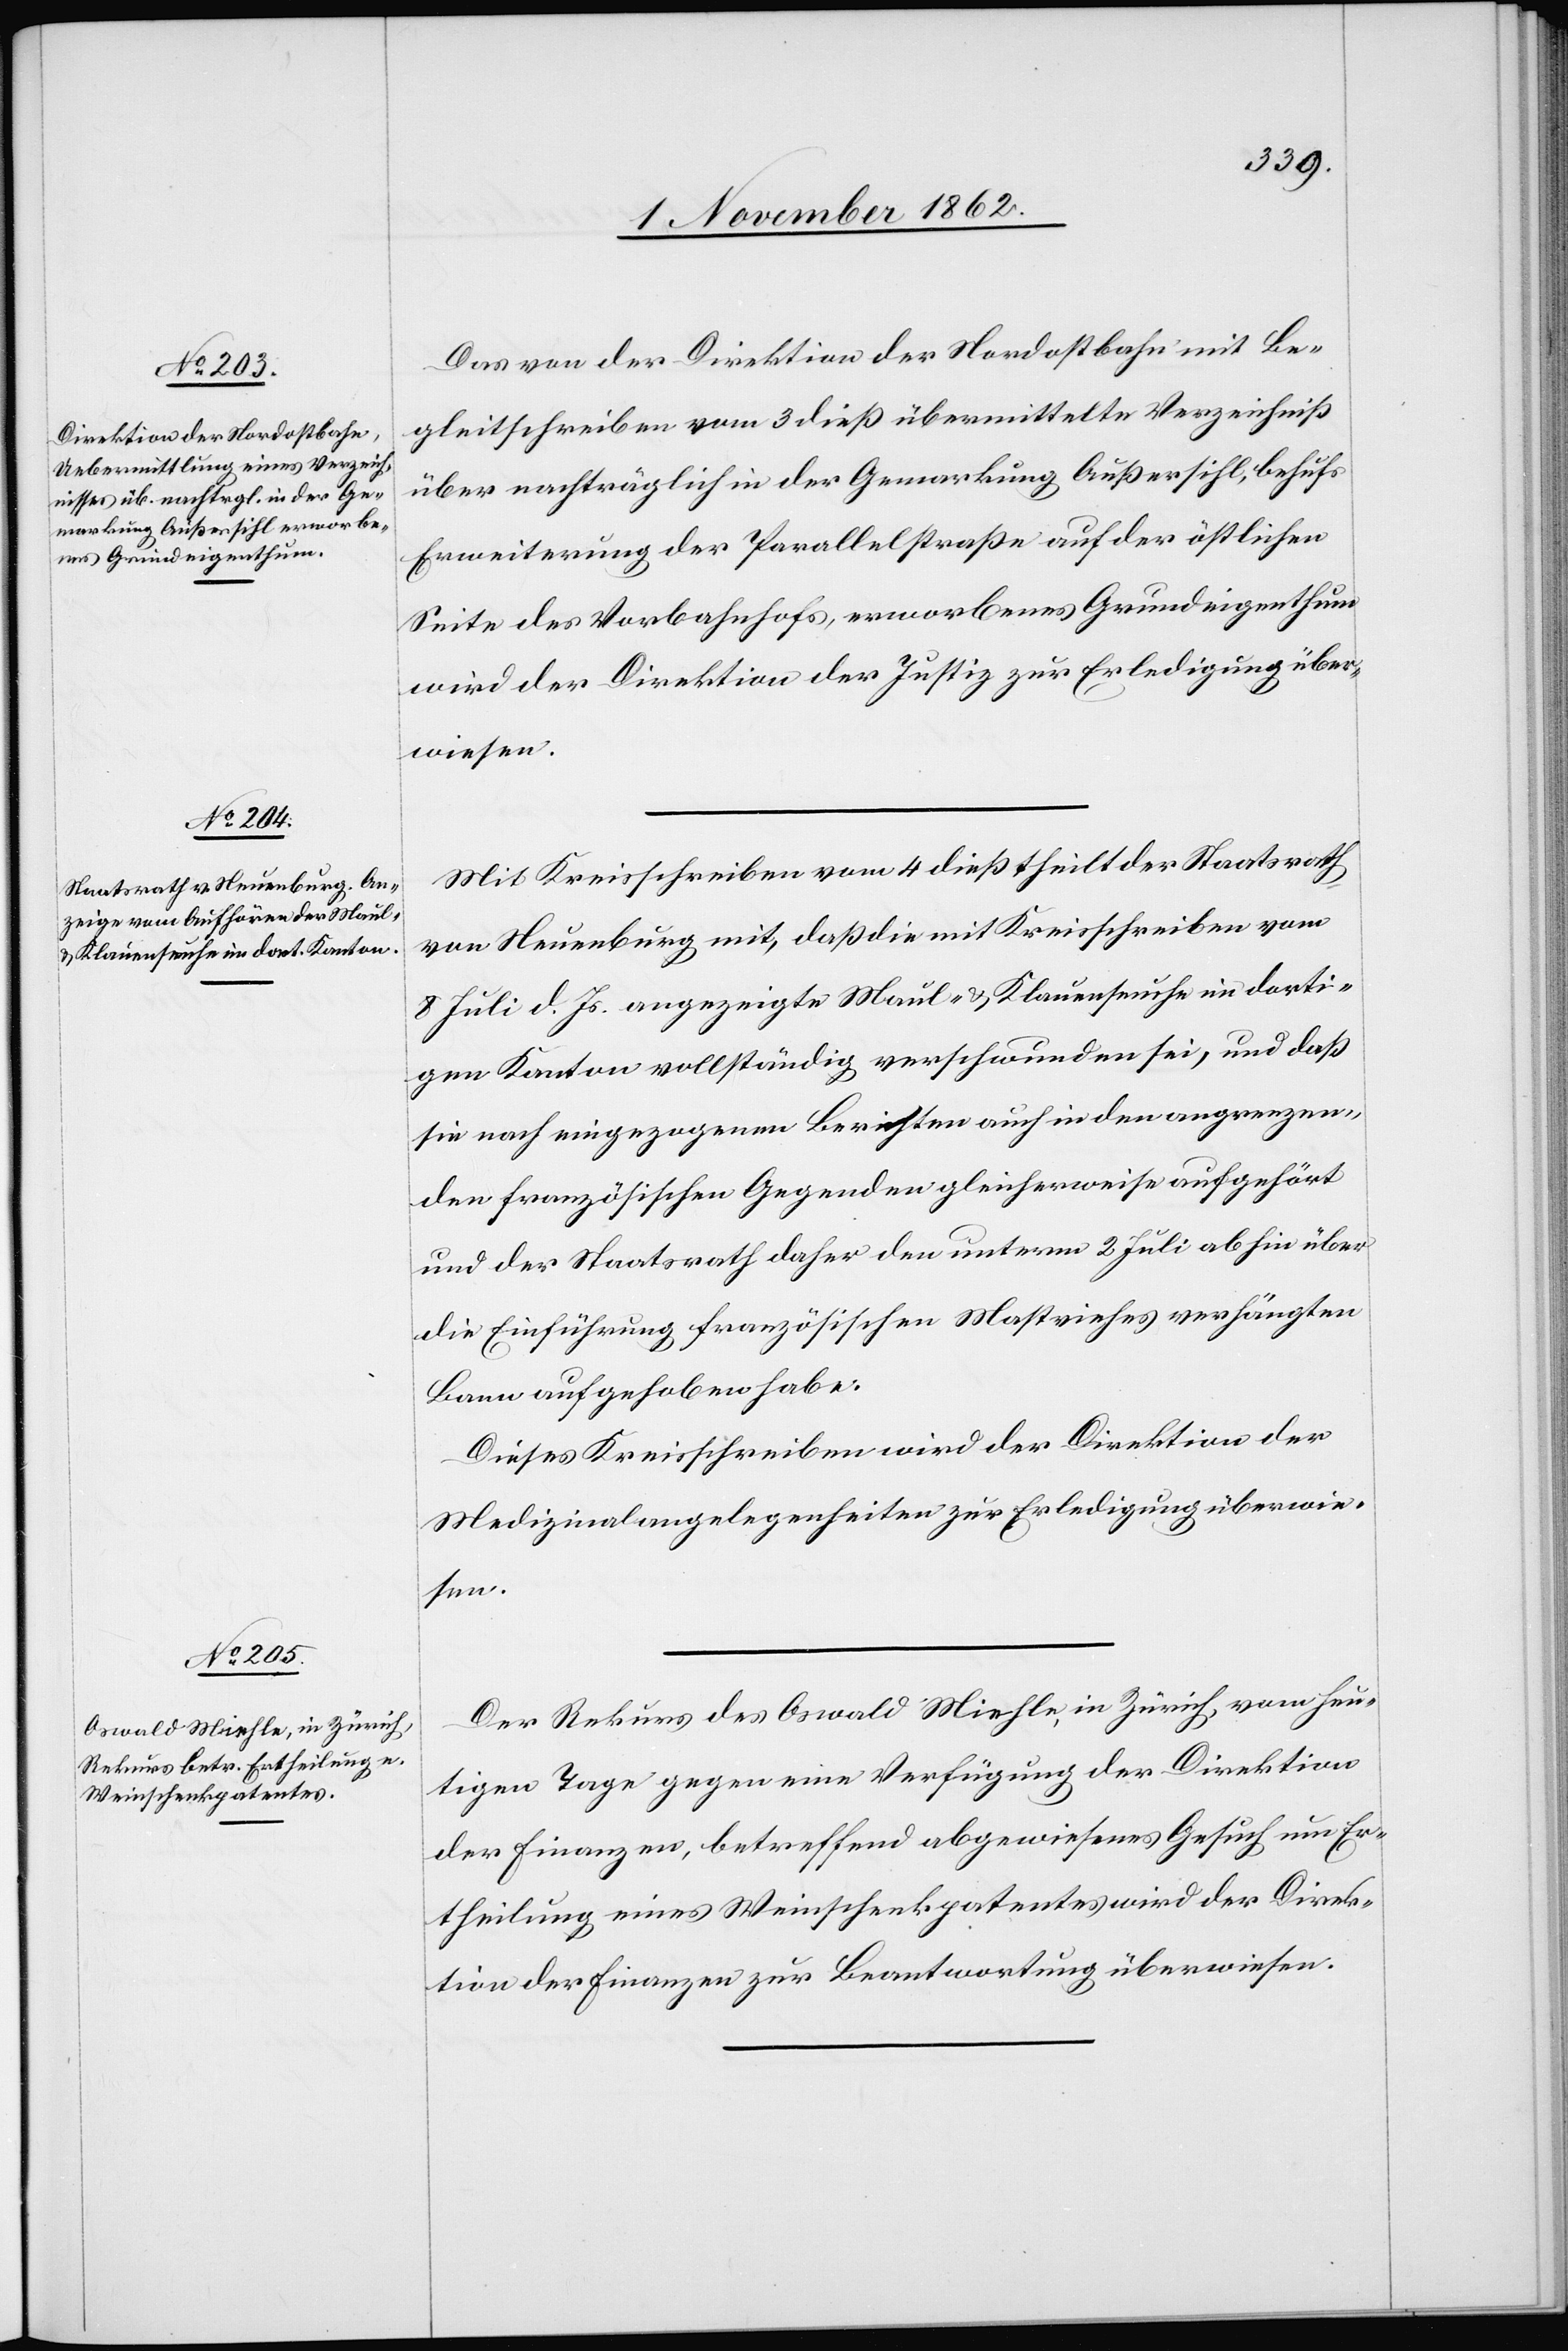
6. November 1862.]
Das von der Direktion der Nordostbahn mit Be¬
gleitschreiben vom 3. dieß übermittelte Verzeichniß
über nachträglich in der Gemarkung Außersihl, behufs
Erweiterung der Parallelstraße auf der östlichen
Seite des Vorbahnhofs, erworbenes Grundeigenthum
wird der Direktion der Justiz zur Erledigung über¬
wiesen.
Mit Kreisschreiben vom 4. dieß theilt der Staatsrath
von Neuenburg mit, daß die mit Kreisschreiben vom
8. Juli d. Js. angezeigte Maul- u. Klauenseuche im dorti¬
gen Kanton vollständig verschwunden sei, und daß
sie nach eingezogenen Berichten auch in den angrenzen¬
den französischen Gegenden gleicherweise aufgehört
und der Staatsrath daher den unterm 2. Juli abhin über
die Einführung französischen Mastviehes verhängten
Bann aufgehoben habe.
Dieses Kreisschreiben wird der Direktion der
Medizinalangelegenheiten zur Erledigung überwie¬
sen.
Der Rekurs des Oswald Miehle, in Zürich, vom heu¬
tigen Tage gegen eine Verfügung der Direktion
der Finanzen, betreffend abgewiesenes Gesuch um Er¬
theilung eines Weinschenkpatentes wird der Direk¬
tion der Finanzen zur Beantwortung überwiesen.